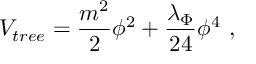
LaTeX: V _ { t r e e } = { \frac { m ^ { 2 } } { 2 } } \phi ^ { 2 } + { \frac { \lambda _ { \Phi } } { 2 4 } } \phi ^ { 4 } ~ ,